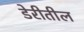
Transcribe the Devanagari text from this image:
डेरीतील